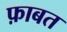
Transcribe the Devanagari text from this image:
फ़ाबत